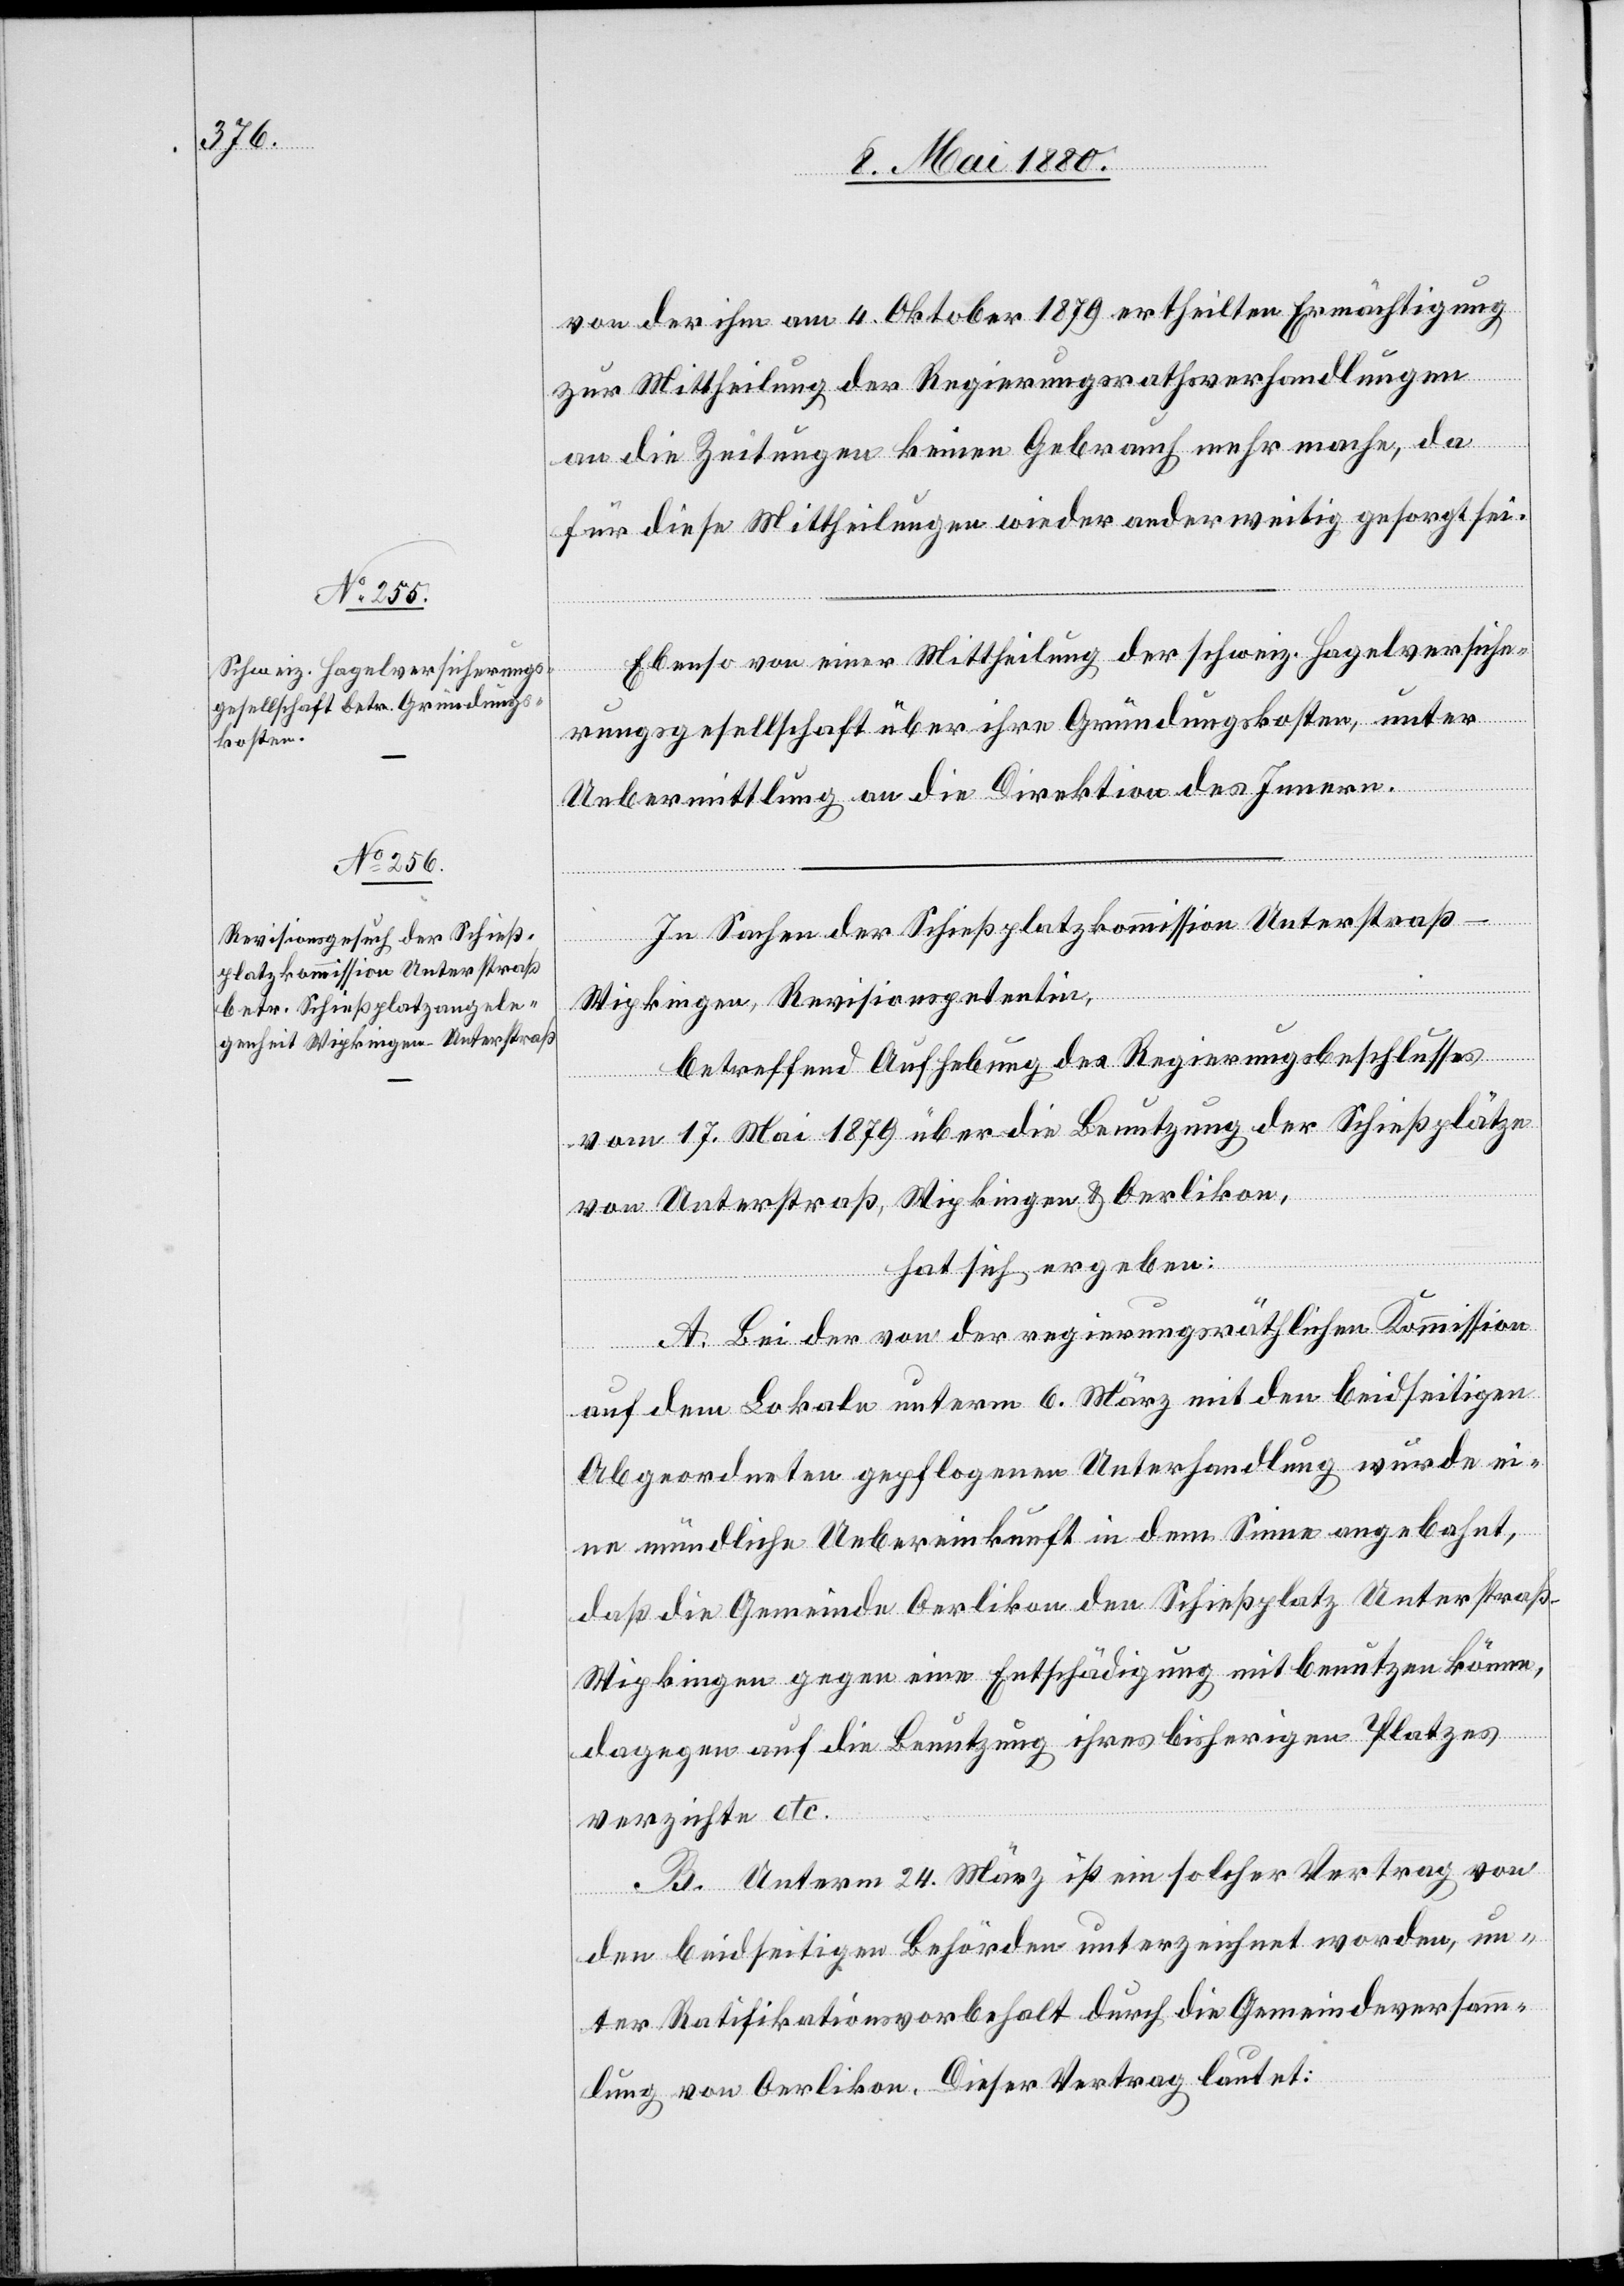
von der ihm am 4. Oktober 1879 ertheilten Ermächtigung
zur Mittheilung der Regierungsrathsverhandlungen
an die Zeitungen keinen Gebrauch mehr mache, da
für diese Mittheilungen wieder anderweitig gesorgt sei.
Ebenso von einer Mittheilung der schweiz. Hagelversiche¬
rungsgesellschaft über ihre Gründungskosten, unter
Uebermittlung an die Direktion des Innern.
In Sachen der Schießplatzkommission Unterstraß-W¬
ipkingen, Revisionspetentin,
betreffend Aufhebung des Regierungsbeschlusses
vom 17. Mai 1879 über die Benutzung der Schießplätze
von Unterstraß, Wipkingen & Oerlikon,
hat sich ergeben:
A. Bei der von der regierungsräthlichen Kommission
auf dem Lokale unterm 6. März mit den beidseitigen
Abgeordneten gepflogenen Unterhandlung wurde ei¬
ne mündliche Uebereinkunft in dem Sinne angebahnt,
daß die Gemeinde Oerlikon den Schießplatz Unterstraß-W¬
ipkingen gegen eine Entschädigung mitbenutzen könne,
dagegen auf die Benutzung ihres bisherigen Platzes
verzichte etc.
B. Unterm 24. März ist ein solcher Vertrag von
den beidseitigen Behörden unterzeichnet worden, un¬
ter Ratifikationsvorbehalt durch die Gemeindeversamm¬
lung von Oerlikon. Dieser Vertrag lautet: